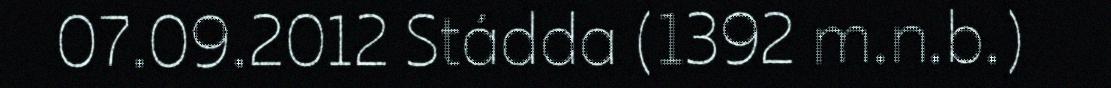
07.09.2012 Stádda (1392 m.n.b.)